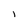
Character: l